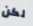
لكن